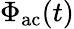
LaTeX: \Phi_{\mathrm{ac}}(t)